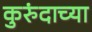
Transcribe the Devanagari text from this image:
कुरुंदाच्या